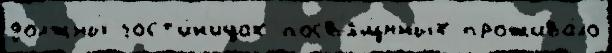
должны́ гост'и́н'ицах посв'ящ́нных прожива́ло